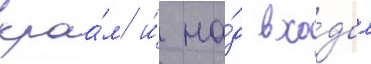
краа́м и́ на́д вхо́дом